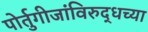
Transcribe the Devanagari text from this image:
पोर्तुगीजांविरुद्धच्या